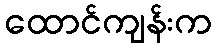
ထောင်ကျန်းက